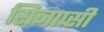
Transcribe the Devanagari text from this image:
सिनाप्सी